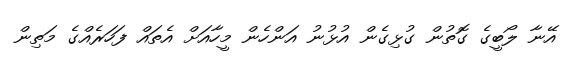
އޭނާ ލޯބީގެ ގޮތުން ގުޅިގެން އުޅުނު އަންހެން މީހާއަށް އެތައް ފަހަރެއްގެ މަތިން